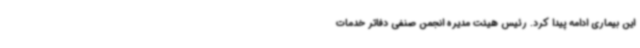
این بیماری ادامه پیدا کرد. رئیس هیئت مدیره انجمن صنفی دفاتر خدمات